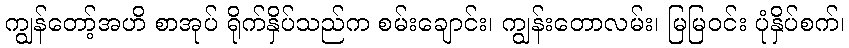
ကျွန်တော့်အဟိ စာအုပ် ရိုက်နှိပ်သည်က စမ်းချောင်း၊ ကျွန်းတောလမ်း၊ မြမြဝင်း ပုံနှိပ်စက်၊